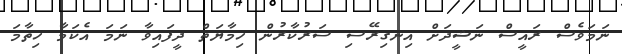
ނަމަވެސް ރައީސް ނަޝީދަށް އިނގިރޭސި ސަރުކާރުން ހިމާޔަތް ދީފައިވާ ނަމަ އެކަމާ ހިތާމަ